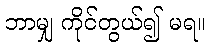
ဘာမျှ ကိုင်တွယ်၍ မရ။